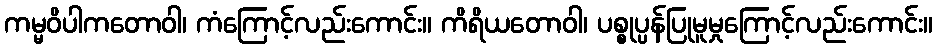
ကမ္မဝိပါကတောဝါ၊ ကံကြောင့်လည်းကောင်း။ ကိရိယတောဝါ၊ ပစ္စုပ္ပန်ပြုမူမှုကြောင့်လည်းကောင်း။